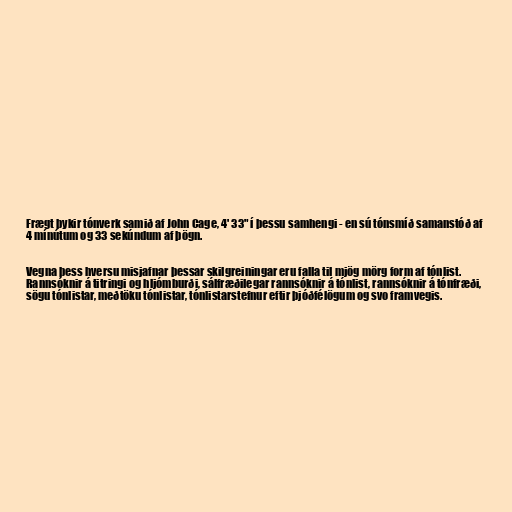
Frægt þykir tónverk samið af John Cage, 4' 33" í þessu samhengi - en sú tónsmíð samanstóð af
4 mínútum og 33 sekúndum af þögn.

Vegna þess hversu misjafnar þessar skilgreiningar eru falla til mjög mörg form af tónlist.
Rannsóknir á titringi og hljómburði, sálfræðilegar rannsóknir á tónlist, rannsóknir á tónfræði,
sögu tónlistar, meðtöku tónlistar, tónlistarstefnur eftir þjóðfélögum og svo framvegis.